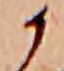
か